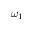
\omega _ { 1 }